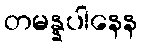
တမန္နပါနေန